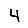
Digit: 4